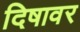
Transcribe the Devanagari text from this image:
दिषावर